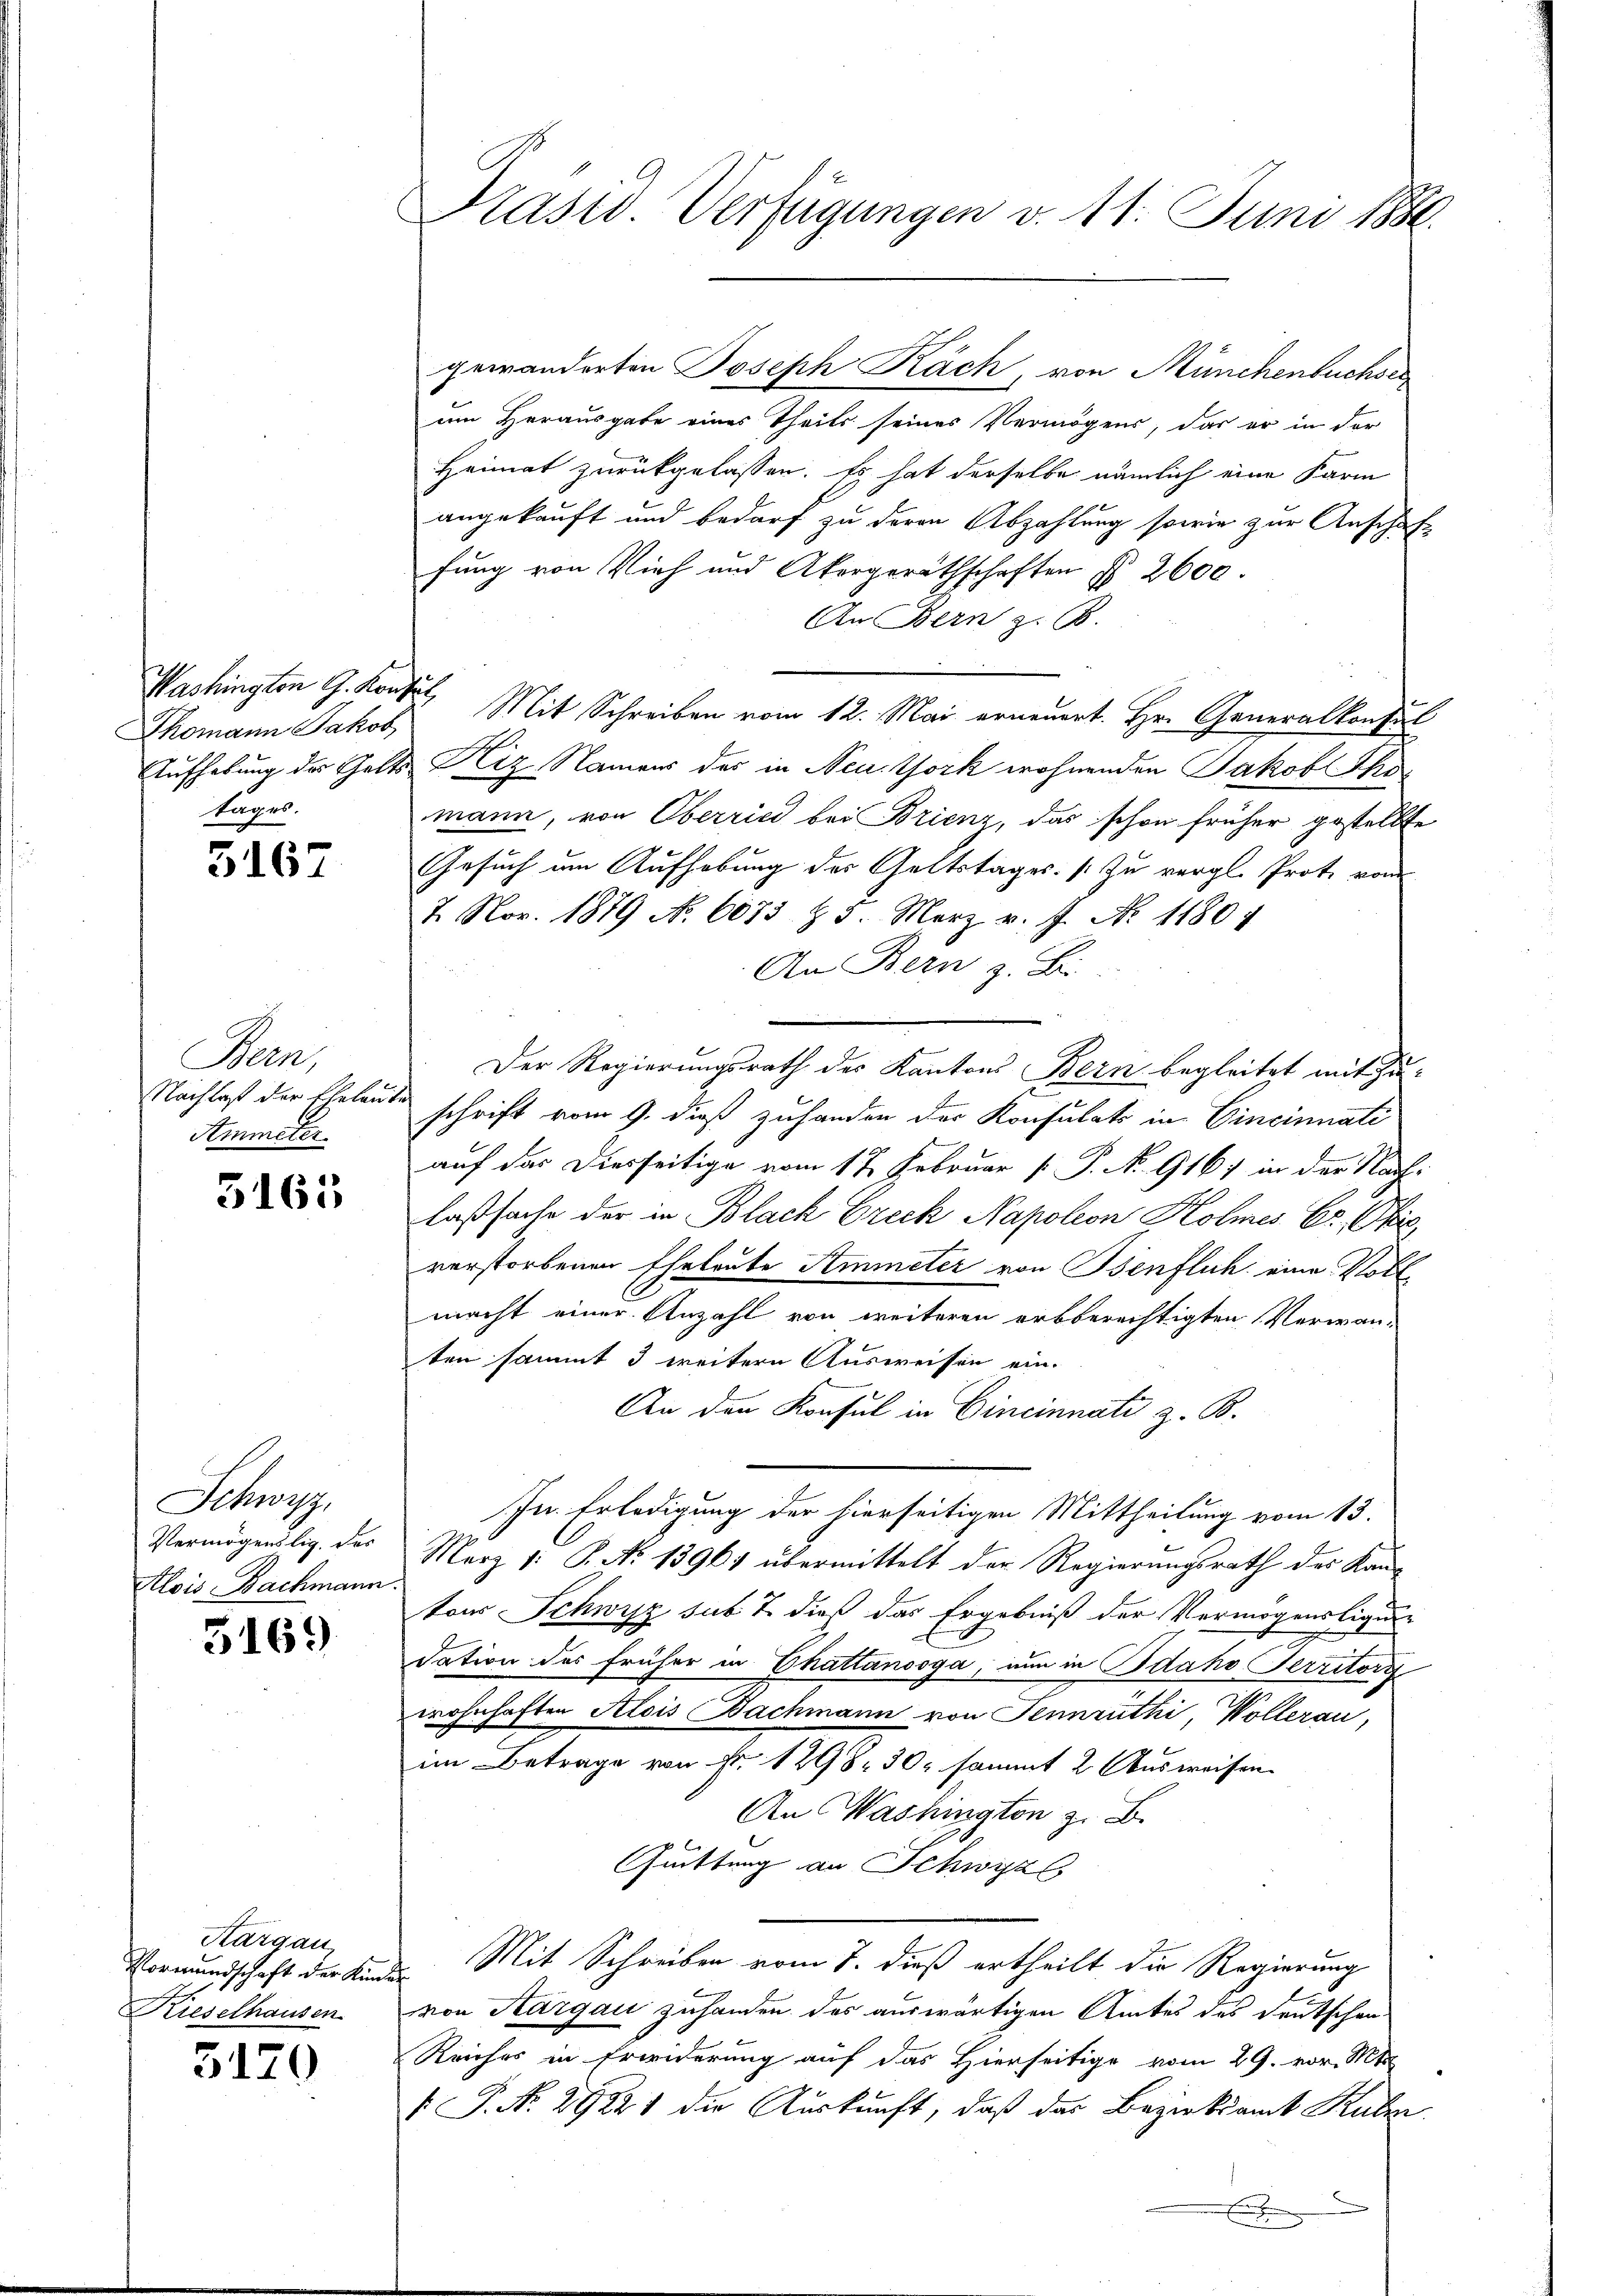
Thomann Jakob
tages.

5167

Bern,
Nachlaß der Eheleu
Ammeter.

5163

Schwyz,
Vermögenslig, des
Alois Bachmann

5169

Kargau,
Kieselhausen

5120

um Herausgabe eines Theils seines Vermögens, das er in der
Heimat zurückgelassen. Es hat derselbe nämlich eine Karm
angekauft und bedarf zu deren Abzahlung sowie zur Anschaf
fung von Vieh und Akorgeräthschaften § 2600.
An Bern z. B.
Washington G. Konsul, Mit Schreiben vom 12. Mai erneuert. Hr. Generalkonsul
Aufhebung des Gelts Hiz Namens des in Neu York wohnenden Jakob Thomann, von Oberried bei Brienz, das schon früher gestellte
Gesuch um Aufhebung der Geltstages. (Zu vergl. Prote vom
7. Nov. 1879 No 6073 § 5. März v. J. N. 11804
An Bern z. Bei
Der Regierungsrath des Kantons Bern begleitet mit Zu¬
So schrift vom 9. dieß zuhanden der Konsulats in Cincinnati
auf das Diesseitige vom 17. Februar [ P. No. 916) in der Nach-
laßsache der in Blach Ereck Napoleon Holmes Er. Chris
verstorbenen Eheleute Ammeter von Benflich eine Vollmacht einer Anzahl von weiteren arbberechtigten Verwanten sammt 3 weitern Ausweisen ein-
An den Konsul in Cincinnati z. B.
In Erledigung der hierseitigen Mittheilung vom 13.
Merz 1: P. No 13964 übermittelt der Regierungsrath des Kautors Schwyz sub 7. dieß das Ergebniß der Vermögensligung
x
dation des früher in Chattanooga, nun in Bdaho Territorg
wohnhaften Alois Bachmann von Jennrüthi, Wollerau,
im Betrage von Fr. 1298. 30, sammt 2. Ausweisen.
An Washingten z. B.
Guittung an Schwyz,
Vormundschaft der Kinde Mit Schreiben vom 7. dieß ertheilt die Regierung
von Aargau zuhanden das auswärtigen Amtes des Deutschen
Reiches in Erwiderung auf das Hierseitige vom 29. vor. Mt
§ P. Nr. 29221 die Auskunft, daß das Bezirksamt Kulm
 E

Präsid. Verfügungen v. 11. Juni 1846.

gewänderten Joseph Käch, von Münchenbuchser